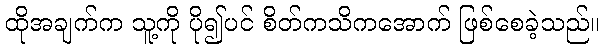
ထိုအချက်က သူ့ကို ပို၍ပင် စိတ်ကသိကအောက် ဖြစ်စေခဲ့သည်။